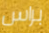
براس